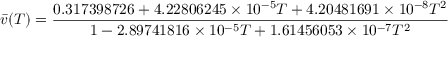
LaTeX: { \bar { v } } ( T ) = { \frac { 0 . 3 1 7 3 9 8 7 2 6 + 4 . 2 2 8 0 6 2 4 5 \times 1 0 ^ { - 5 } T + 4 . 2 0 4 8 1 6 9 1 \times 1 0 ^ { - 8 } T ^ { 2 } } { 1 - 2 . 8 9 7 4 1 8 1 6 \times 1 0 ^ { - 5 } T + 1 . 6 1 4 5 6 0 5 3 \times 1 0 ^ { - 7 } T ^ { 2 } } }